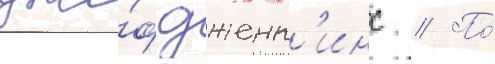
дже́ф дженк'инс // По́